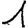
Digit: 1